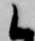
候